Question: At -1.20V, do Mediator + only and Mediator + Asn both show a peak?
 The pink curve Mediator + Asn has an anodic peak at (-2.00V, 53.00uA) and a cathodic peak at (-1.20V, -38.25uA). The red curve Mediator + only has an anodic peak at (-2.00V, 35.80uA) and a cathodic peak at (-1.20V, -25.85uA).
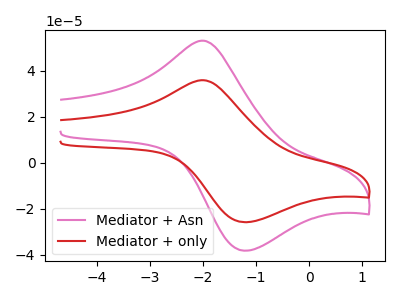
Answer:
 <answer>Yes, "Mediator + only" and "Mediator + Asn" share a peak at -1.20V.</answer>
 <eval>match</eval>